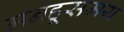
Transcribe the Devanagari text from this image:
मनहूसमय